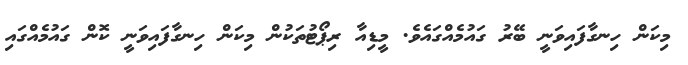
މިކަން ހިނގާފައިވަނީ ބޭރު ގައުމެއްގައެވެ. މީޑިއާ ރިޕޯޓުތަކުން މިކަން ހިނގާފައިވަނީ ކޮން ގައުމެއްގައި